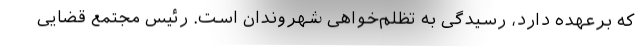
که برعهده دارد، رسیدگی به تظلم‌خواهی شهروندان است. رئیس مجتمع قضایی